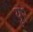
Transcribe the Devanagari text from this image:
यु२